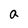
Character: a